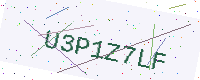
Text: U3P1Z7LF